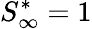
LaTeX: S_{\infty}^{*}=1